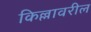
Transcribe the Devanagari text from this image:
किल्लावरील